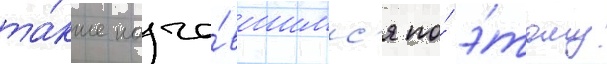
та́кже нача́вшимс'я по́ э́тому